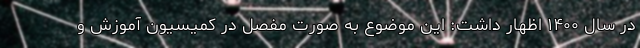
در سال ۱۴۰۰ اظهار داشت: این موضوع به صورت مفصل در کمیسیون آموزش و